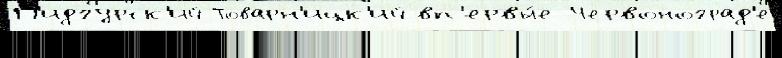
П'идгурск'ий Товарн'ицк'ий вп'ервы́е Червоноград'е